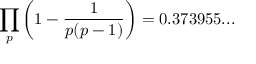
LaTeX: \prod _ { p } \left( 1 - { \frac { 1 } { p ( p - 1 ) } } \right) = 0 . 3 7 3 9 5 5 . . .